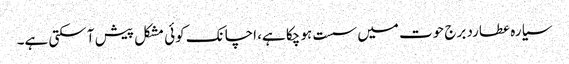
سیارہ عطارد برج حوت میں سست ہو چکا ہے، اچانک کوئی مشکل پیش آ سکتی ہے۔